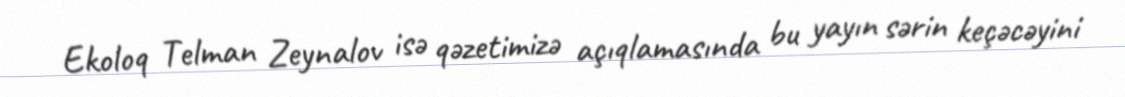
Ekoloq Telman Zeynalov isə qəzetimizə açıqlamasında bu yayın sərin keçəcəyini